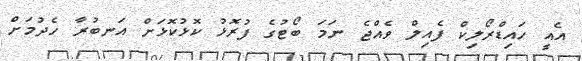
އެއީ ހައިޑްރޯލިކް ފެއިލް ވެއްޖެ ނަމަ ބޯޓުގެ ފުރޮޅު ކޮޅުކޮޅަށް އަނބުރާ ހެދުމަށް